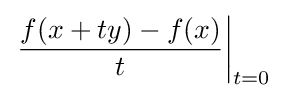
\left.{f(x+ty)-f(x) \over t}\right|_{t=0}